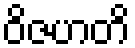
ဝိဇဟတိ